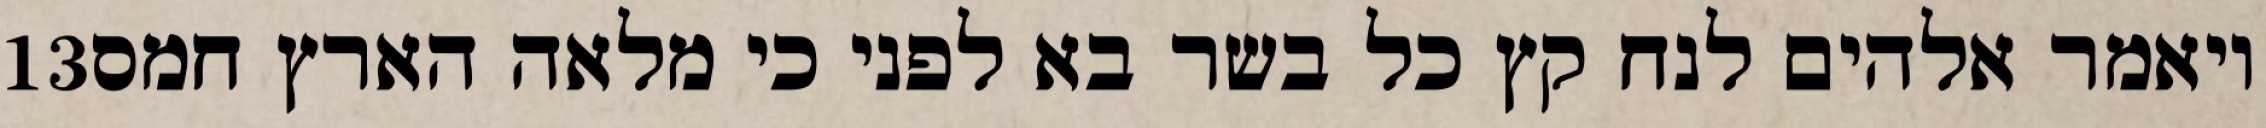
‎13‏ ויאמר אלהים לנח קץ כל בשר בא לפני כי מלאה הארץ חמס